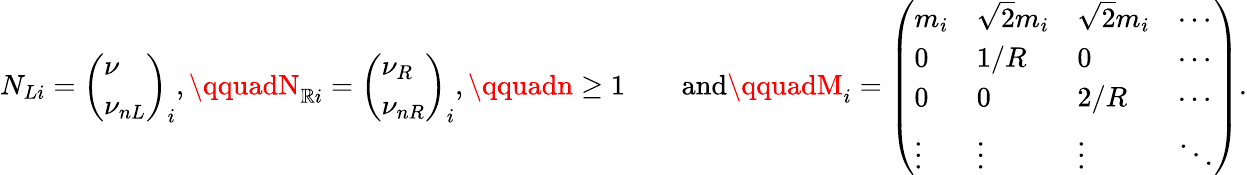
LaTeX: N_{Li}=\left(\begin{array}{l}{{\nu}}\\ {{\nu_{nL}}}\end{array}\right)_{i},\qquadN_{\mathbb{R}i}=\left(\begin{array}{l}{{\nu_{R}}}\\ {{\nu_{nR}}}\end{array}\right)_{i},\qquadn\ge1\qquad\mathrm{{and}}\qquadM_{i}=\left(\begin{array}{llll}{{m_{i}}}&{{\sqrt{2}m_{i}}}&{{\sqrt{2}m_{i}}}&{{\cdots}}\\ {{0}}&{{1/R}}&{{0}}&{{\cdots}}\\ {{0}}&{{0}}&{{2/R}}&{{\cdots}}\\ {{\vdots}}&{{\vdots}}&{{\vdots}}&{{\ddots}}\end{array}\right).